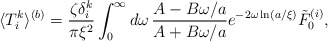
\begin{align*}\langle T_i^k\rangle ^{(b)}=\frac{\zeta \delta _i^k}{\pi \xi ^2}\int _{0}^{\infty }d\omega \, \frac{A-B\omega /a}{A+B\omega /a}e^{-2\omega \ln (a/\xi )}\tilde F_0^{(i)},\end{align*}